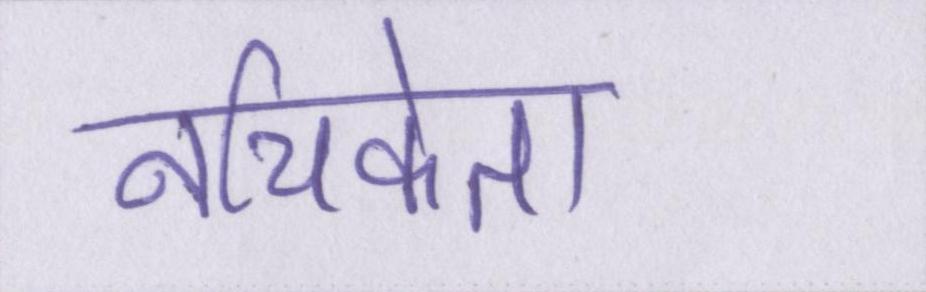
नचिकेता